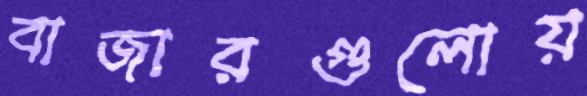
বাজারগুলোয়